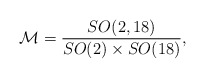
\begin{align*}{\cal M}={SO(2,18)\over SO(2)\times SO(18)},\end{align*}